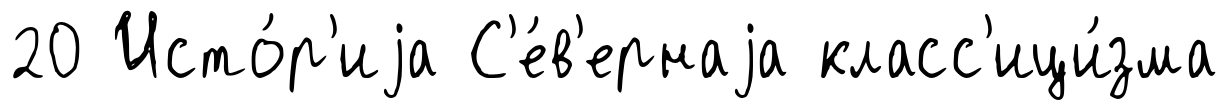
20 Исто́р'иjа С'е́в'ернаjа класс'ици́зма